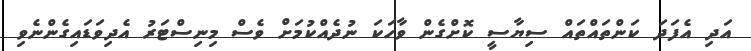
އަދި އެފަދަ ކަންތައްތައް ސިޔާސީ ކޮށްގެން ވާހަކަ ނުދެއްކުމަށް ވެސް މިނިސްޓަރު އެދިވަޑައިގެންނެވި